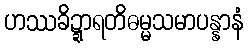
ဟဿခိဍ္ဍာရတိဓမ္မသမာပန္နာနံ